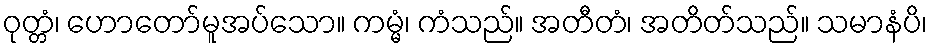
ဝုတ္တံ၊ ဟောတော်မူအပ်သော။ ကမ္မံ၊ ကံသည်။ အတီတံ၊ အတိတ်သည်။ သမာနံပိ၊